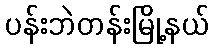
ပန်းဘဲတန်းမြို့နယ်